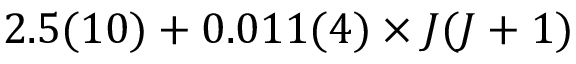
2 . 5 ( 1 0 ) + 0 . 0 1 1 ( 4 ) × J ( J + 1 )